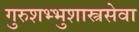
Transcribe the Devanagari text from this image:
गुरुशभ्भुशास्त्रसेवा